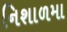
નિશાળમા